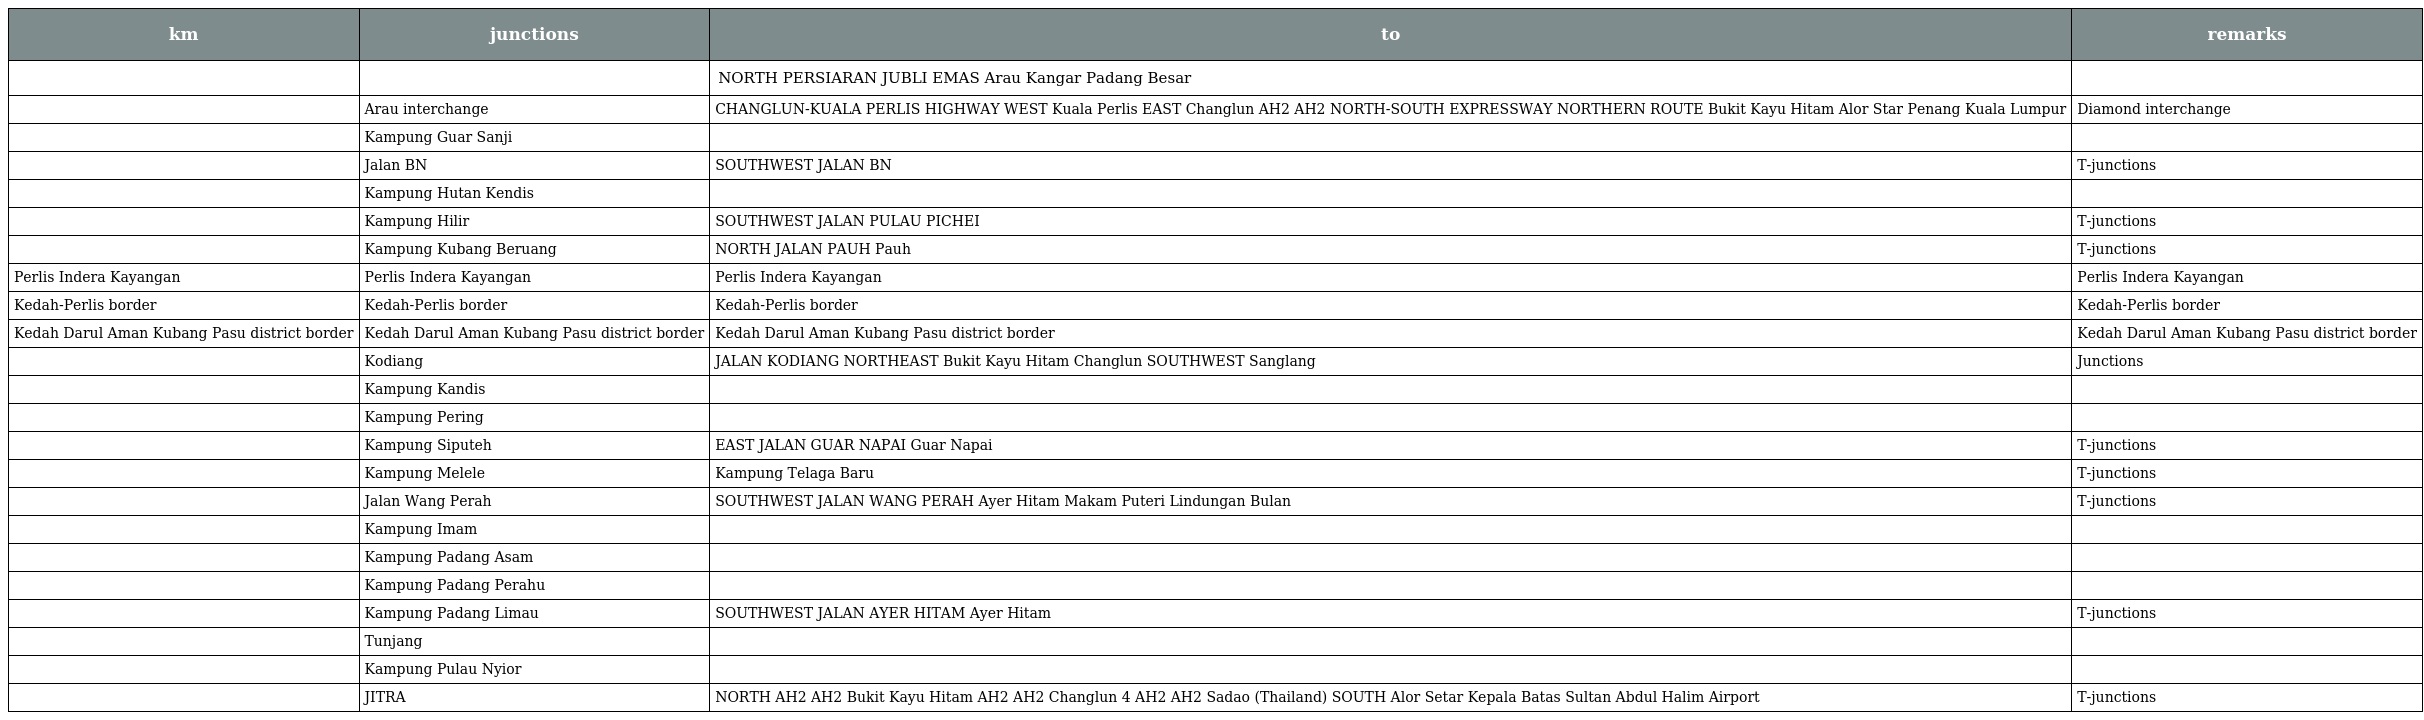
| km | junctions | to | remarks |
 | --- | --- | --- | --- |
 |  |  | NORTH PERSIARAN JUBLI EMAS Arau Kangar Padang Besar |  |
 |  | Arau interchange | CHANGLUN-KUALA PERLIS HIGHWAY WEST Kuala Perlis EAST Changlun AH2 AH2 NORTH-SOUTH EXPRESSWAY NORTHERN ROUTE Bukit Kayu Hitam Alor Star Penang Kuala Lumpur | Diamond interchange |
 |  | Kampung Guar Sanji |  |  |
 |  | Jalan BN | SOUTHWEST JALAN BN | T-junctions |
 |  | Kampung Hutan Kendis |  |  |
 |  | Kampung Hilir | SOUTHWEST JALAN PULAU PICHEI | T-junctions |
 |  | Kampung Kubang Beruang | NORTH JALAN PAUH Pauh | T-junctions |
 | Perlis Indera Kayangan | Perlis Indera Kayangan | Perlis Indera Kayangan | Perlis Indera Kayangan |
 | Kedah-Perlis border | Kedah-Perlis border | Kedah-Perlis border | Kedah-Perlis border |
 | Kedah Darul Aman Kubang Pasu district border | Kedah Darul Aman Kubang Pasu district border | Kedah Darul Aman Kubang Pasu district border | Kedah Darul Aman Kubang Pasu district border |
 |  | Kodiang | JALAN KODIANG NORTHEAST Bukit Kayu Hitam Changlun SOUTHWEST Sanglang | Junctions |
 |  | Kampung Kandis |  |  |
 |  | Kampung Pering |  |  |
 |  | Kampung Siputeh | EAST JALAN GUAR NAPAI Guar Napai | T-junctions |
 |  | Kampung Melele | Kampung Telaga Baru | T-junctions |
 |  | Jalan Wang Perah | SOUTHWEST JALAN WANG PERAH Ayer Hitam Makam Puteri Lindungan Bulan | T-junctions |
 |  | Kampung Imam |  |  |
 |  | Kampung Padang Asam |  |  |
 |  | Kampung Padang Perahu |  |  |
 |  | Kampung Padang Limau | SOUTHWEST JALAN AYER HITAM Ayer Hitam | T-junctions |
 |  | Tunjang |  |  |
 |  | Kampung Pulau Nyior |  |  |
 |  | JITRA | NORTH AH2 AH2 Bukit Kayu Hitam AH2 AH2 Changlun 4 AH2 AH2 Sadao (Thailand) SOUTH Alor Setar Kepala Batas Sultan Abdul Halim Airport | T-junctions |